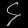
Digit: ၄